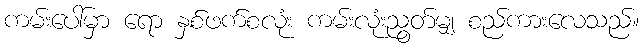
ကမ်းပေါ်မှာ ရော နှစ်ဖက်စလုံး ကမ်းလုံးညွတ်မျှ စည်ကားလေသည်။